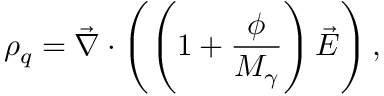
\rho _ { q } = \vec { \nabla } \cdot \left( \left( 1 + \frac { \phi } { M _ { \gamma } } \right) \vec { E } \right) ,